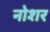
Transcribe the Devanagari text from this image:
नोशर